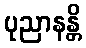
ပုညာနန္တိ